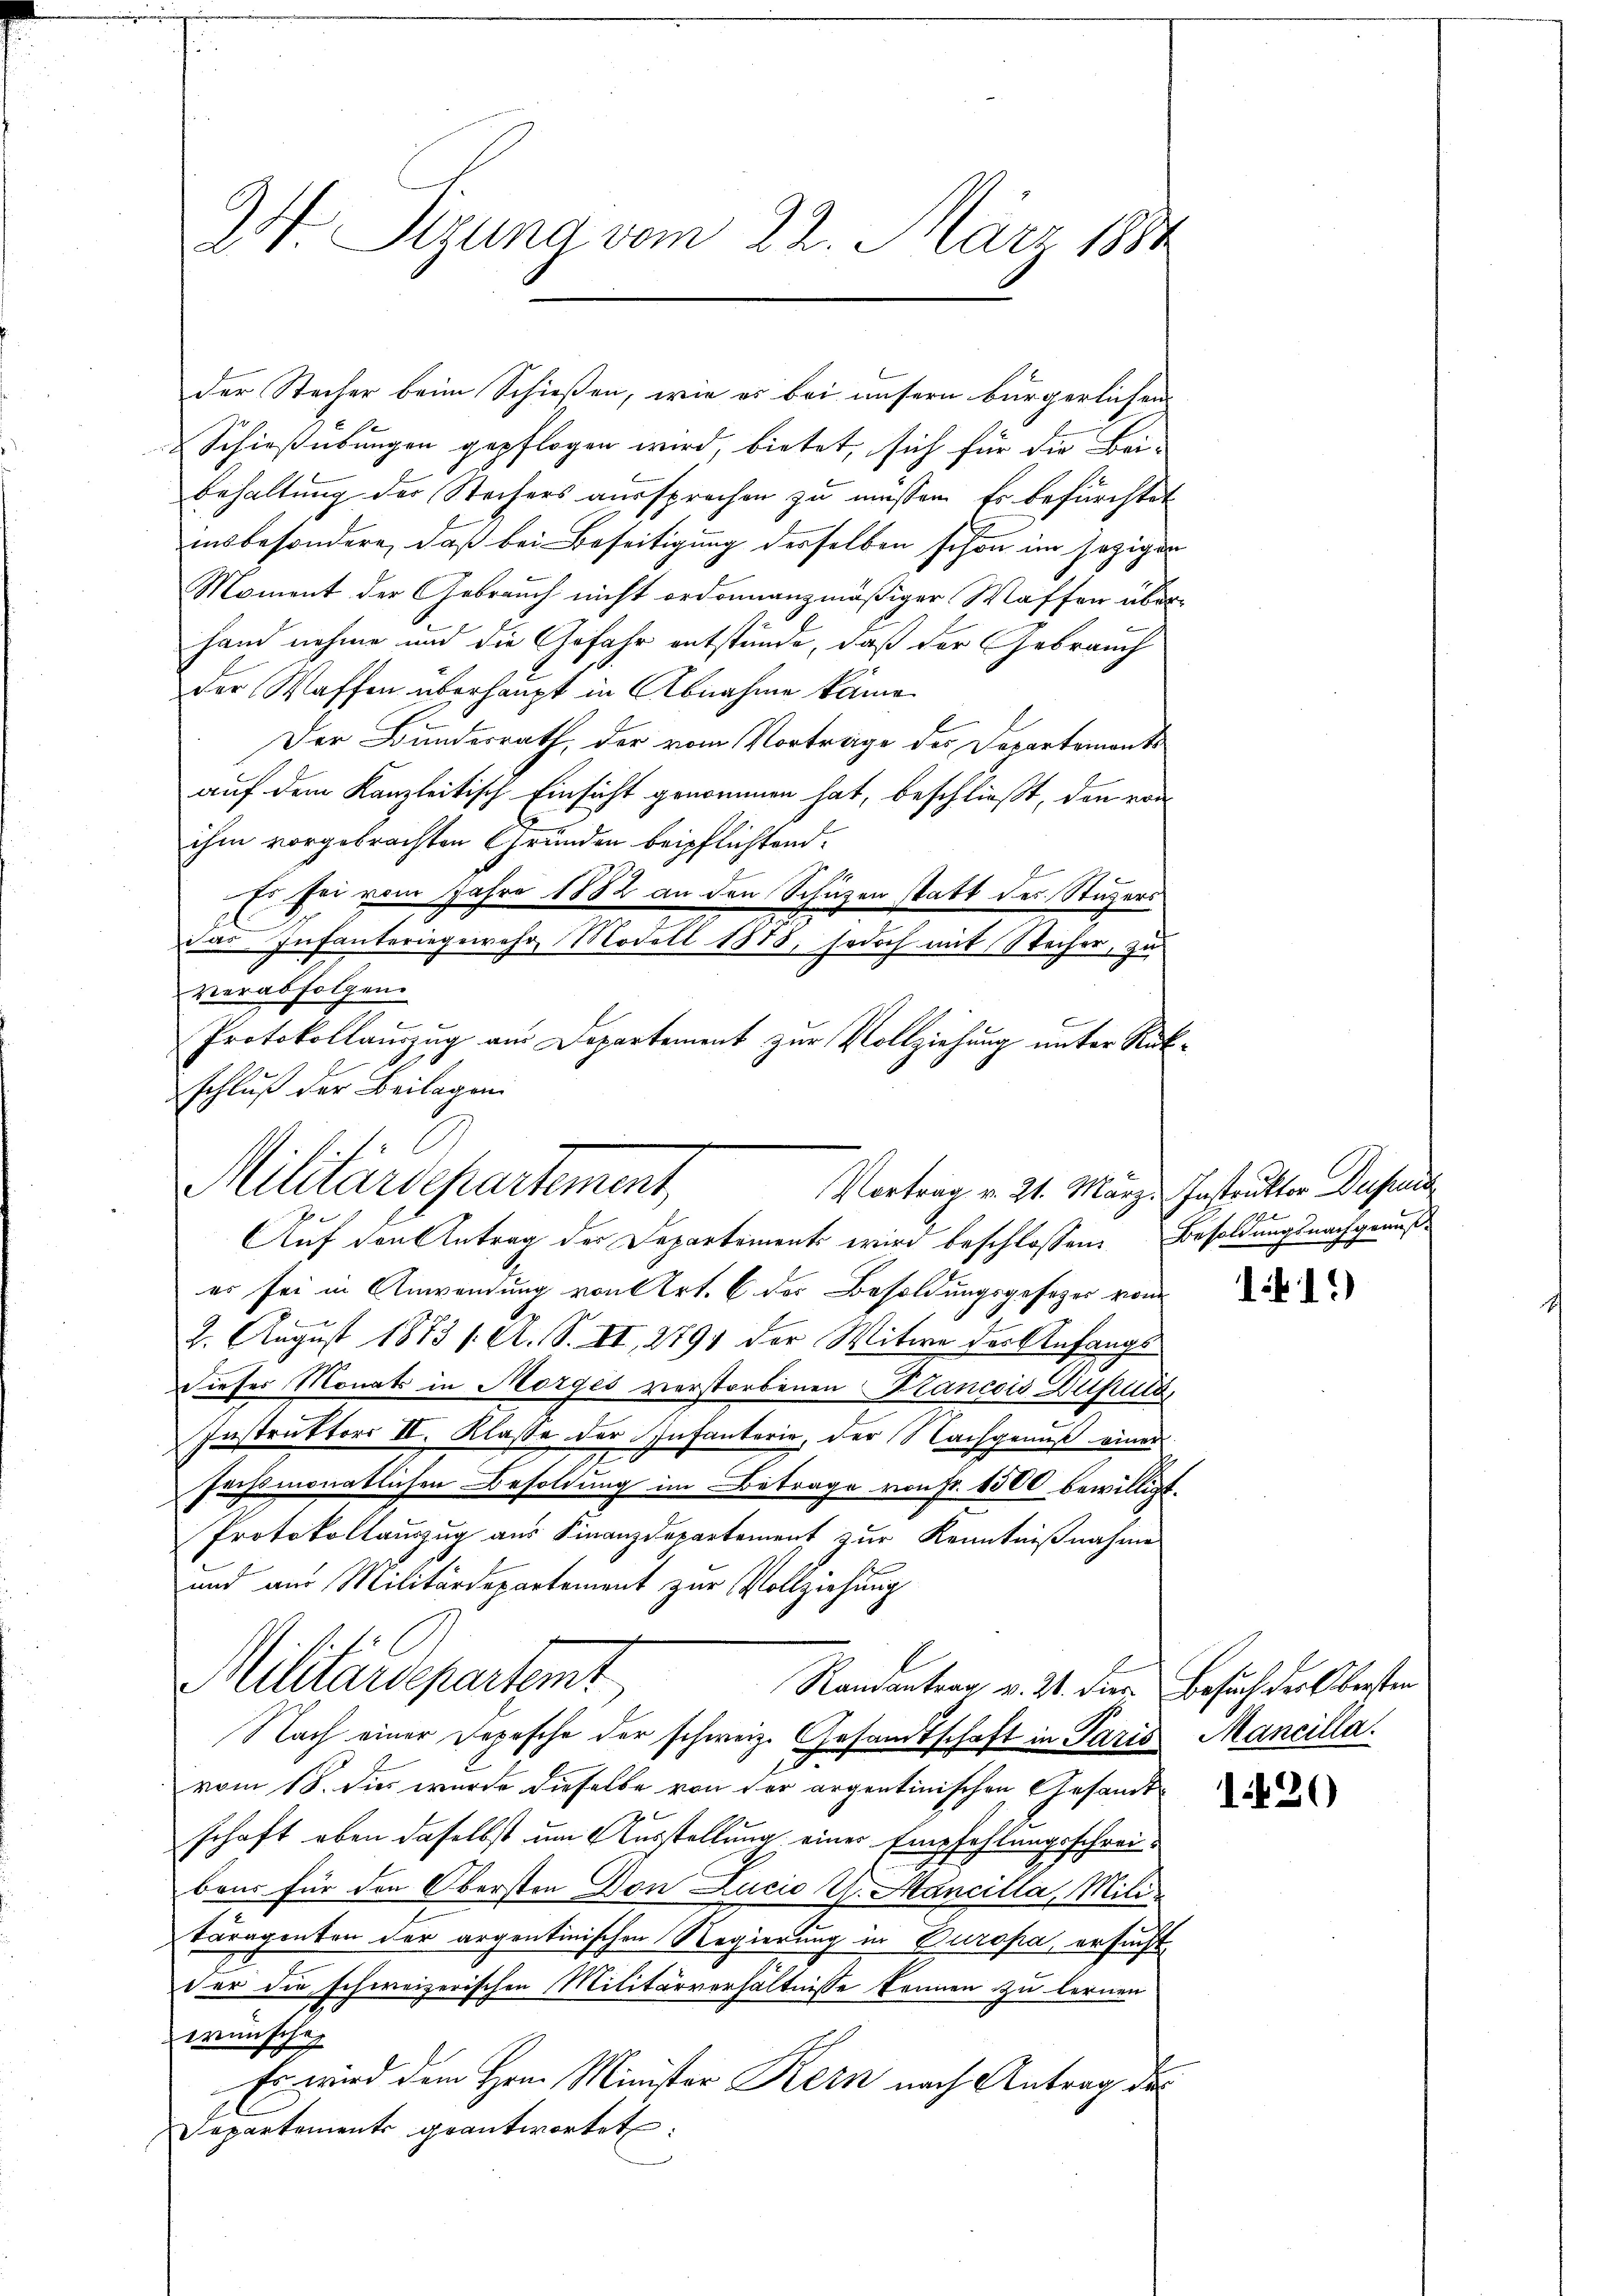
24 Sizung vom 22. März 1884

der Stecher beim Schießen, wie es bei unsern bürgerlichen
& Schießübungen gepflogen wird, bietet, sich für die Bei-
behaltung der Stechers aussprechen zu müssen. Es befürchtet
insbesondere, daß bei Beseitigung derselben schon im jeziger
Moment der Gebrauch nicht ordonnanzmäßiger Waffen über-
hand nehme und die Gefahr entstünde, daß der Gebrauch
der Waffen überhaupt in Abnahme käme
Der Bundesrath, der vom Vorträge des Departements
auf dem Kanzleitisch Einsicht genommen hat, beschließt, den von
ihm vorgebrachten Gründen beipflichtend.
Es sei vom Jahre 1882 an den Schüzen statt des Stüzers
das Infanteringewehr Modell 1878, jedoch mit Wocher, zu
verabfolgen.
Protokollauszug am Departement zur Vollziehung unter Rükschluß der Beilagen

es sei in Anwendung von Art. 6 der Besoldungsgesezes von
2. August 1873 f. A. S. II, 2791 der Witwe der Anfangs
Dieses Monats in Morges verstorbenen Plancois Dupund
Instruktors II. Klasse der Infanterie, der Nachgenuß einer
fechsmonatlichen Besoldung im Betrage von Fr. 1500 bewilligt.
Protokollauszug aus Finanzdepartement zur Kenntnißnahme
und aus Militärdepartement zur Vollziehung

Militärschartement,
Vortrag v. 21. März. Instruktor Duse
Auf den Antrag der Departements wird beschlossen Besoldungsnachgenuß-

1.
vom 18. dies wurde dieselbe von der argentinischen Gesandtschaft oben daselbst um Ausstellung einer Empfehlungsschreibaus für den Obersten Don Lucio Th. Mancilla, Mititäragenten der argentinischen Regierung in Buropa, ersucht
der die schweizerischen Militärverhältnisse kennen zu lernen
wünsche
Es wird dem Hrn. Minister Kern nach Antrag der
Departements geantwortet:

Militärdepartemt
Randantrag v. 24. Dier. Besuch der obersten
Nach einer Depesche der schweiz. Gesandtschaft in Paris Mancilla.

119)

1420